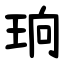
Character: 珦